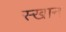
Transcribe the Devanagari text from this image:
स्खान